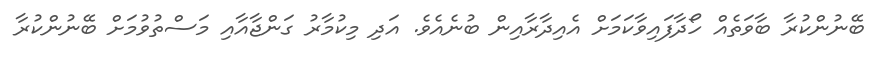
ބޭނުންކުރާ ބާވަތެއް ހޯދާފައިވާކަމަށް އެއިދާރާއިން ބުނެއެވެ. އަދި މިކުމާރު ގަންޖާއާއި މަސްތުވުމަށް ބޭނުންކުރާ